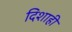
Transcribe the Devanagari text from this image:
दिशाही